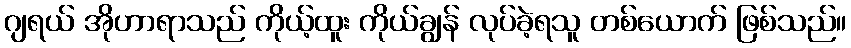
ဂျရယ် အိုဟာရာသည် ကိုယ့်ထူး ကိုယ်ချွန် လုပ်ခဲ့ရသူ တစ်ယောက် ဖြစ်သည်။